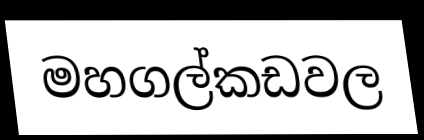
මහගල්කඩවල